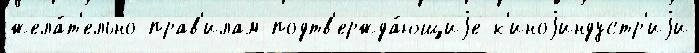
жела́т'ельно прав'илам подтв'ержда́ющиjе к'иноjиндустр'иjи